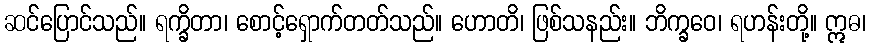
ဆင်ပြောင်သည်။ ရက္ခိတာ၊ စောင့်ရှောက်တတ်သည်။ ဟောတိ၊ ဖြစ်သနည်း။ ဘိက္ခဝေ၊ ရဟန်းတို့။ ဣဓ၊